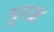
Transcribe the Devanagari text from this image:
भूरळ